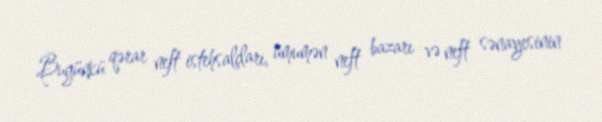
Bugünkü qərar neft istehsalçları, ümumən neft bazarı və neft sənayesinin